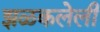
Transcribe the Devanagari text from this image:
झळकलेली